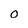
Character: O